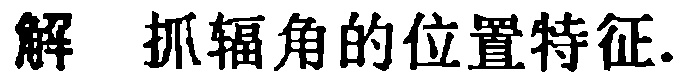
解 抓辐角的位置特征.